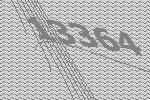
13364